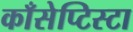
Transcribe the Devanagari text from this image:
काँसेप्टिस्टा